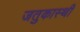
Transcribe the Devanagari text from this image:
जतुकास्थी